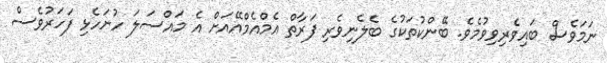
ނަމަވެސް ބައިވެރިވިވުމެވެ. ބޭންކުތަކުގެ ބެލެނިވެރި ފަރާތް އެމްއެމްއޭއަށް އެ މައްސަލަ ހުށަހެޅި ފަހަރުވެސް